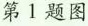
第1题图